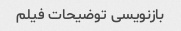
بازنویسی توضیحات فیلم